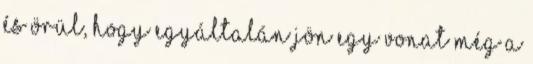
és örül, hogy egyáltalán jön egy vonat még a